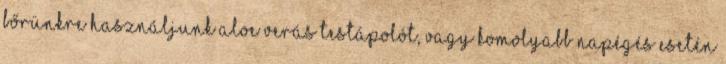
bőrünkre használjunk aloe verás testápolót, vagy komolyabb napégés esetén